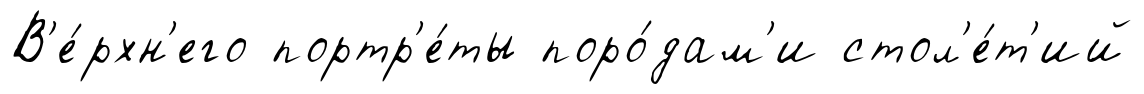
В'е́рхн'его портр'е́ты поро́дам'и стол'е́т'ий